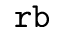
\tt r b